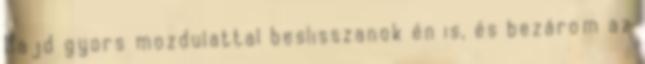
Majd gyors mozdulattal beslisszanok én is, és bezárom az